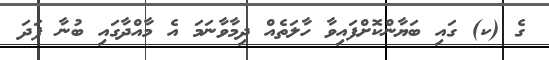
ގެ (ކ) ގައި ބަޔާންކޮށްފައިވާ ހާލަތެއް ދިމާވާނަމަ އެ މާއްދާގައި ބުނާ ފަދަ